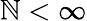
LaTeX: \mathbb{N}<\infty